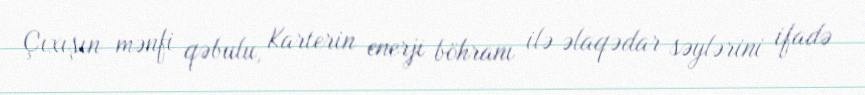
Çıxışın mənfi qəbulu, Karterin enerji böhranı ilə əlaqədar səylərini ifadə